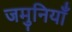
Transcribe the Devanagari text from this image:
जमुनियाँ